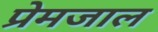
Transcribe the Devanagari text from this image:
प्रेमजाल